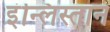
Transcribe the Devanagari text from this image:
इंन्लिस्तान